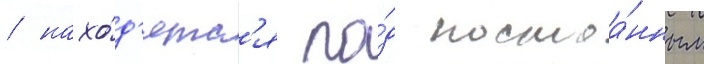
/ нахо́д'ятс'я по́д постоа́нным